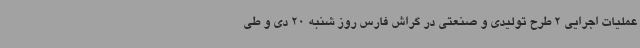
عملیات اجرایی 2 طرح تولیدی و صنعتی در گراش فارس روز شنبه 20 دی و طی